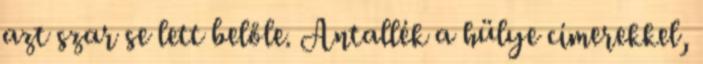
azt szar se lett belőle. Antallék a hülye címerekkel,